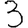
Digit: 3